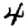
Digit: 4